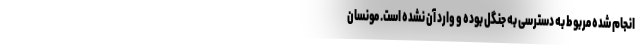
انجام شده مربوط به دسترسی به جنگل بوده و وارد آن نشده است. مونسان